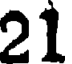
21